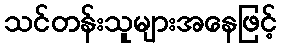
သင်တန်းသူများအနေဖြင့်